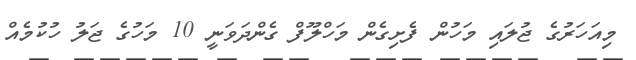
މިއަހަރުގެ ޖުލައި މަހުން ފެށިގެން މަހްލޫފް ގެންދަވަނީ 10 މަހުގެ ޖަލު ހުކުމެއް